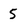
Character: 5